Vaccination in Bombay 1889-1901 - 1889-1901
Year: 1889
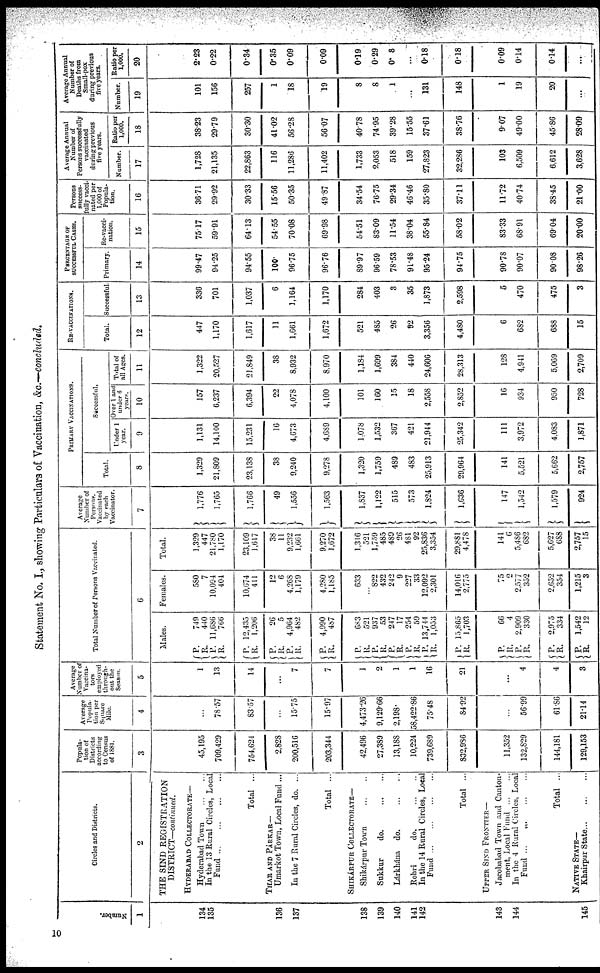
Statement No. I., showing Particulars of Vaccination, &c.—concluded.
Number.
1
134
135
136
137
138
139
140
141
142
143
144
145
Circles and Districts.
2
THE SIND REGISTRATION
DISTRICT—continued.
HYDERABAD COLLECTORATE—
Hyderabad Town ... ...
In the 13 Rural Circles, Local
Fund ... ... ... ...
Total ...
THAR AND PÁRKAR—
Umarkot Town, Local Fund ...
In the 7 Rural Circles, do. ...
Total ...
SHIKÁRPUR COLLECTORATE—
Shikárpur Town
...
...
Sukkur
do. ... ...
Lárkhána do. ... ...
Rohri
do.
...
...
In the 14 Rural Circles, Local
Fund ... ... ... ...
Total ...
UPPER SIND FRONTIER—
Jacobabad Town and Canton-
ment, Local Fund
...
...
In the 4 Rural Circles, Local
Fund ... ... ... ...
Total ...
NATIVE STATE—
Khairpur State ... ... ...
Popula-
tion of
Districts
according
to Census
of 1881.
3
45,195
709,429
754,624
2,828
200,516
203,344
42,496
27,389
13,188
10,224
739,689
832,986
11,352
132,829
144,181
129,153
Average
Popula-
tion per
Square
Mile.
4
...
78.57
83.57
...
15.75
15.97
4,473.26
9,129.66
2,198.
58,422.86
75.48
84.92
...
56.99
61.86
21.14
Average
Number of
Vaccina-
tors
employed
through-
out the
Season.
5
1
13
14
...
7
7
1
2
1
1
16
21
...
4
4
3
Total Number of Persons Vaccinated.
6
Males.
P.
R.
P.
R.
P.
R.
P.
R.
P.
R.
P.
R.
P.
R.
P.
R.
P.
R.
P.
R.
P.
R.
P.
R.
P.
R.
P.
R.
P.
R.
P.
R.
749
440
11,686
766
12,435
1,206
26
5
4,964
482
4,990
487
683
521
937
53
247
17
254
59
13,744
1,053
15,865
1,703
66
4
2,909
330
2,975
334
1,542
12
Females.
580
7
10,094
404
10,674
411
12
6
4,268
1,179
4,280
1,185
633
...
822
432
242
9
227
33
12,092
2,301
14,016
2,775
75
2
2,577
352
2,652
354
1,215
3
Total.
1,329
447
21,780
1,170
23,109
1,617
38
11
9,232
1,661
9,270
1,672
1,316
521
1,759
485
489
26
481
92
25,836
3,354
29,881
4,478
141
6
5,486
682
5,627
688
2,757
15
Average
Number of
Persons,
Vaccinated
by each
Vaccinator.
7
1,776
1,765
1,766
49
1,556
1,563
1,837
1,122
515
573
1,824
1,636
147
1,542
1,579
924
PRIMARY VACCINATIONS.
Total.
8
1,329
21,809
23,138
38
9,240
9,278
1,320
1,759
489
483
25,913
29,964
141
5,521
5,662
2,757
Successful.
Under 1
year.
9
1,131
14,100
15,231
16
4,673
4,689
1,078
1,532
367
421
21,944
25,342
111
3,972
4,083
1,871
Over 1 and
under 6
years.
10
157
6,237
6,394
22
4,078
4,100
101
160
15
18
2,558
2,852
16
934
950
728
Total of
all Ages.
11
1,322
20,527
21,849
38
8,932
8,970
1,184
1,699
384
440
24,606
28,313
128
4,941
5,069
2,709
RE-VACCINATIONS.
Total.
12
447
1,170
1,617
11
1,661
1,672
521
485
26
92
3,356
4,480
6
682
688
15
Successful.
13
336
701
1,037
6
1,164
1,170
284
403
3
35
1,873
2,598
5
470
475
3
PERCENTAGE OF
SUCCESSFUL CASES.
Primary.
14
99.47
94.25
94.55
100.
96.75
96.76
80.97
96.59
78.53
91.48
95.24
94.75
90.78
90.07
90.08
98.26
Re-vacci-
nation.
15
75.17
59.91
64.13
54.55
70.08
69.98
54.51
83.09
11.54
38.04
55.84
58.02
83.33
68.91
69.04
20.00
Persons
success-
fully vacci-
nated per
1,000 of
Popula-
tion.
16
36.71
29.92
30.33
15.56
50.35
49.87
34.54
76.75
29.34
46.46
35.80
37.11
11.72
40.74
38.45
21.00
Average Annual
Number of
Persons successfully
vaccinated
during previous
five years.
Number.
17
1,728
21,135
22,863
116
11,286
11,402
1,733
2,053
518
159
27,823
32,286
103
6,509
6,612
3,628
Ratio per
1,000.
18
38.23
29.79
30.30
41.02
56.28
56.07
40.78
74.95
39.28
15.55
37.61
38.76
9.07
49.00
45.86
28.09
Average Annual
Number of
Deaths from
Small-pox
during previous
five years.
Number.
19
101
156
257
1
18
19
8
8
1
...
131
148
1
19
20
...
Ratio per
1,000.
20
2.23
0.22
0.34
0.35
0.09
0.09
0.19
0.29
0.08
...
0.18
0.18
0.09
0.14
0.14
...
10